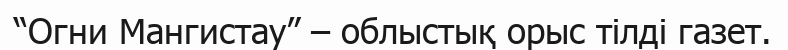
“Огни Мангистау” – облыстық орыс тілді газет.